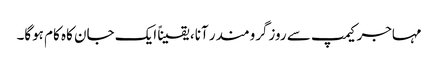
مہاجر کیمپ سے روزگرومندر آنا، یقیناً ایک جان کاہ کام ہوگا۔